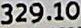
329.10